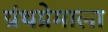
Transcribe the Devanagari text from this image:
ग्रंथप्रेमाला